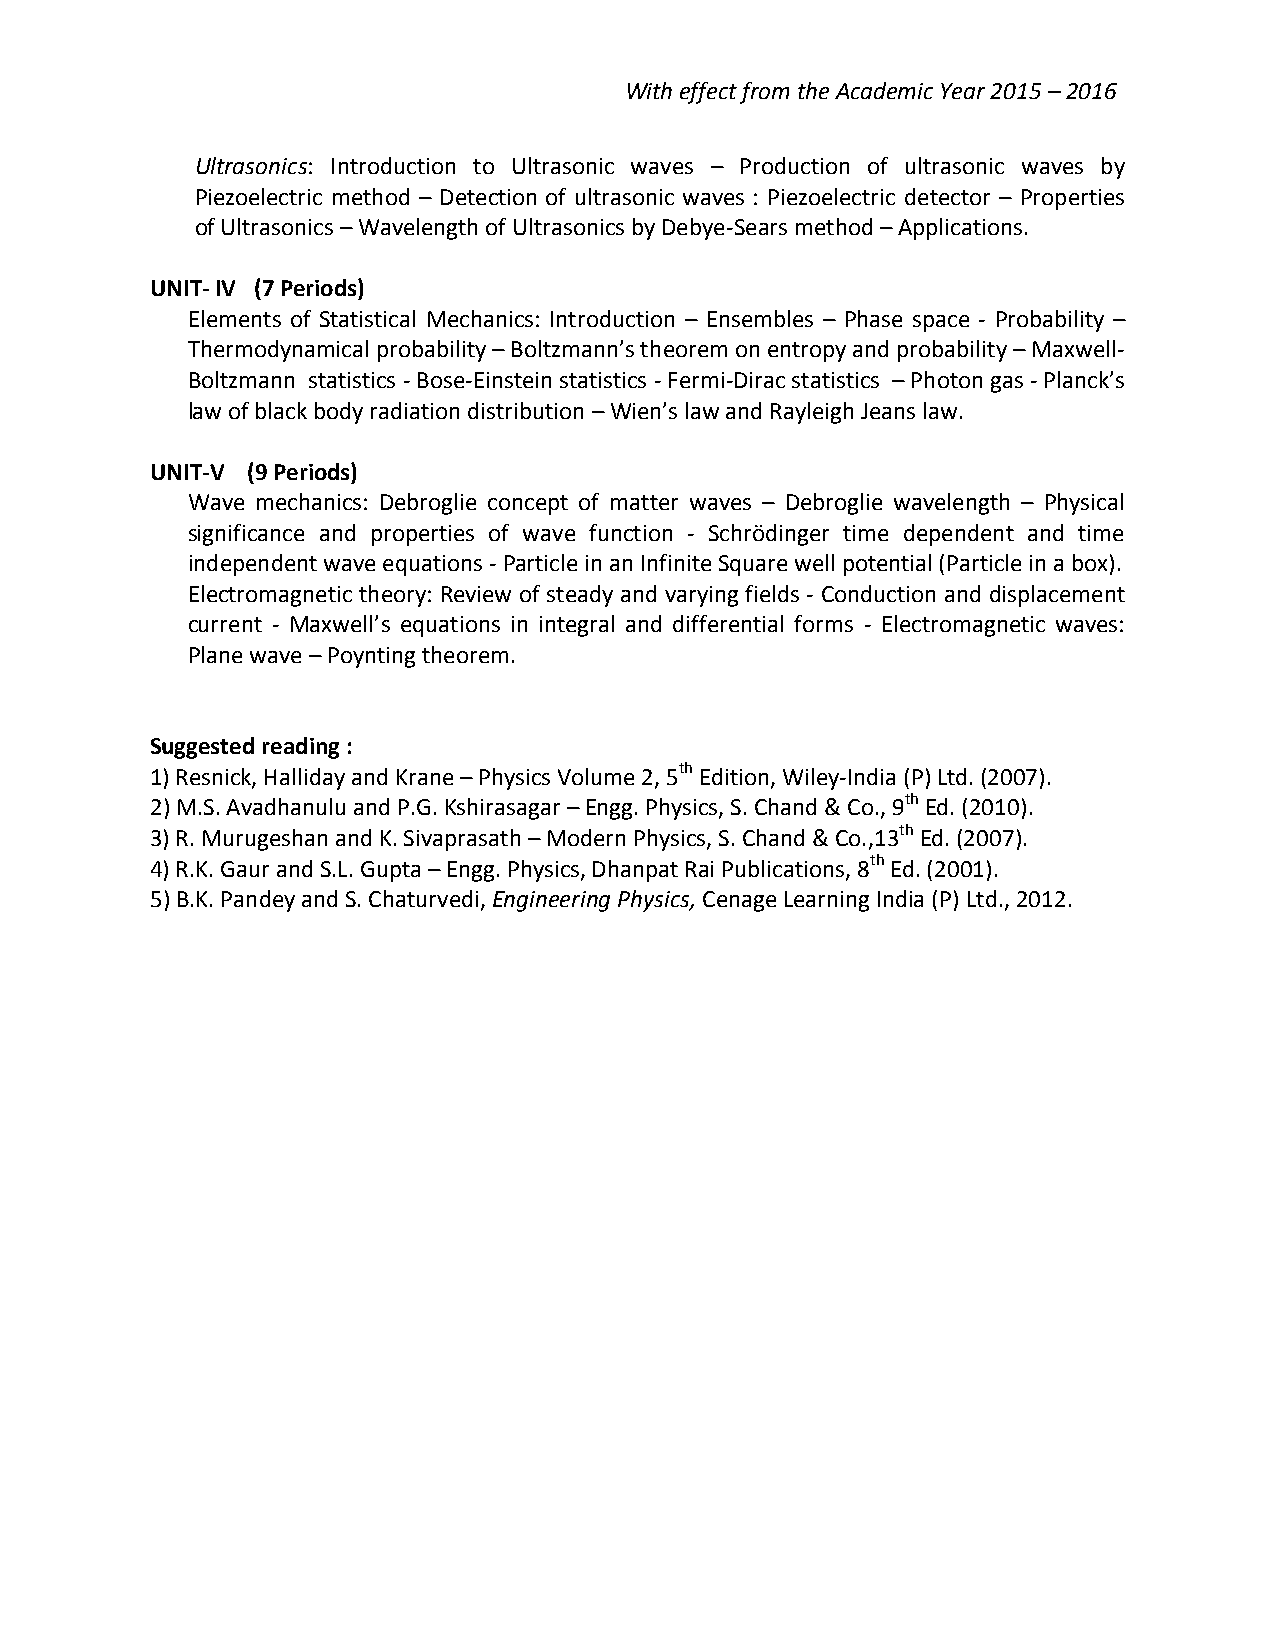
With effect from the Academic Year 2015 – 2016
 Ultrasonics: Introduction to Ultrasonic waves – Production of ultrasonic waves by
 Piezoelectric method – Detection of ultrasonic waves : Piezoelectric detector – Properties
 of Ultrasonics – Wavelength of Ultrasonics by Debye-Sears method – Applications.
 UNIT- IV (7 Periods)
 Elements of Statistical Mechanics: Introduction – Ensembles – Phase space - Probability –
 Thermodynamical probability – Boltzmann’s theorem on entropy and probability – Maxwell-
 Boltzmann statistics - Bose-Einstein statistics - Fermi-Dirac statistics – Photon gas - Planck’s
 law of black body radiation distribution – Wien’s law and Rayleigh Jeans law.
 UNIT-V (9 Periods)
 Wave mechanics: Debroglie concept of matter waves – Debroglie wavelength – Physical
 significance and properties of wave function - Schrödinger time dependent and time
 independent wave equations - Particle in an Infinite Square well potential (Particle in a box).
 Electromagnetic theory: Review of steady and varying fields - Conduction and displacement
 current - Maxwell’s equations in integral and differential forms - Electromagnetic waves:
 Plane wave – Poynting theorem.
 Suggested reading :
 1) Resnick, Halliday and Krane – Physics Volume 2, 5th Edition, Wiley-India (P) Ltd. (2007).
 2) M.S. Avadhanulu and P.G. Kshirasagar – Engg. Physics, S. Chand & Co., 9th Ed. (2010).
 3) R. Murugeshan and K. Sivaprasath – Modern Physics, S. Chand & Co.,13th Ed. (2007).
 4) R.K. Gaur and S.L. Gupta – Engg. Physics, Dhanpat Rai Publications, 8th Ed. (2001).
 5) B.K. Pandey and S. Chaturvedi, Engineering Physics, Cenage Learning India (P) Ltd., 2012.